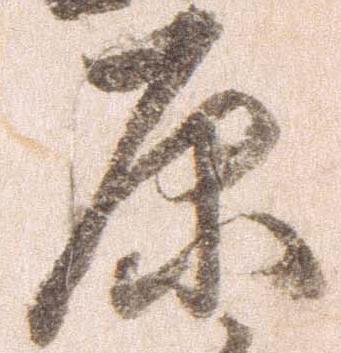
原